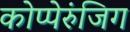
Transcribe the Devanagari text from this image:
कोप्पेरुंजिग